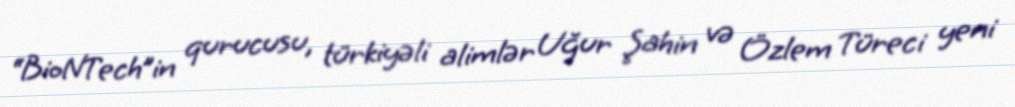
“BioNTech”in qurucusu, türkiyəli alimlər Uğur Şahin və Özlem Türeci yeni